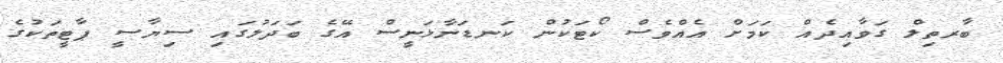
ބާރތިލް ގަވާއިދެއް ކަމަށް އެއްވެސް ކޯޓަކުން ކަނޑަނާޅަނީސް އޭގެ ބަދަލުގައި ސިޔާސީ ޕާޓީތަކުގެ